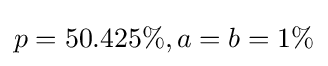
p=50.425\%,a=b=1\%